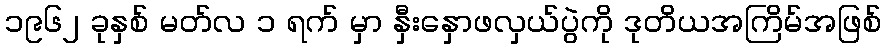
၁၉၆၂ ခုနှစ် မတ်လ ၁ ရက် မှာ နှီးနှောဖလှယ်ပွဲကို ဒုတိယအကြိမ်အဖြစ်